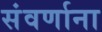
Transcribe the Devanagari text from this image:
संवर्णाना